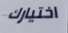
اختيارك